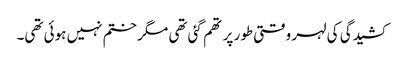
کشیدگی کی لہر وقتی طور پر تھم گئی تھی مگر ختم نہیں ہوئی تھی۔